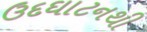
ઉદઘાટનથી